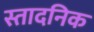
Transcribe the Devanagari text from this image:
स्तादनिक